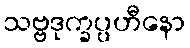
သဗ္ဗဒုက္ခပ္ပဟီနော